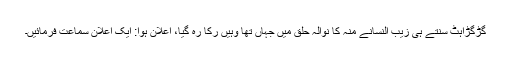
گڑگڑاہٹ سنتے ہی زیب النسانے منہ کا نوالہ حلق میں جہاں تھا وہیں رُکا رہ گیا، اعلان ہوا: ایک اعلان سماعت فرمائیں۔